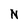
Character: N